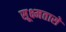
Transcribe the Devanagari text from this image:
सूक्ष्मतासे